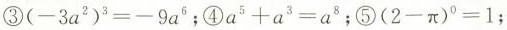
③ $$( - 3 a ^ { 2 } ) ^ { 3 } = - 9 a ^ { 6 }$$；④$$a ^ { 5 } + a ^ { 3 } = a ^ { 8 }$$；⑤$$( 2 - π ) ^ { 0 } = 1$$ ；